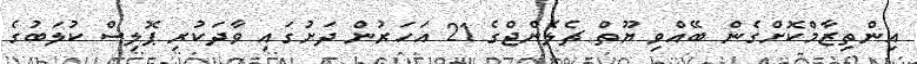
އިންތިޒާމްކޮށްގެން ބޭއްވި ޔޫތް ޗެލެންޖްގެ 21 އަހަރުން ދަށުގައި ވާދަކުރި ޕޮލިސް ކުލަބުގެ